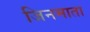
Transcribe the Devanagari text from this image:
जिनमाता